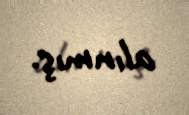
alınmış.